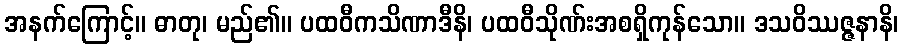
အနက်ကြောင့်။ ဓာတု၊ မည်၏။ ပထဝီကသိဏာဒီနိ၊ ပထဝီသိုဏ်းအစရှိကုန်သော။ ဒသဝိဿဇ္ဇနာနိ၊